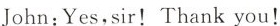
John:Yes,sir!Thank you!